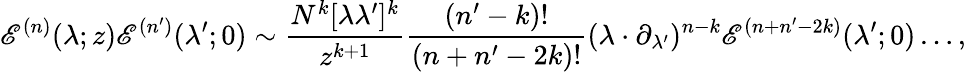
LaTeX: \mathscr{E}^{(n)}(\lambda;z)\mathscr{E}^{(n^{\prime})}(\lambda^{\prime};0)\sim\frac{{N^{k}[\lambda\lambda^{\prime}]^{k}}}{{z^{k+1}}}\frac{{(n^{\prime}-k)!}}{{(n+n^{\prime}-2k)!}}(\lambda\cdot\partial_{\lambda^{\prime}})^{n-k}\mathscr{E}^{(n+n^{\prime}-2k)}(\lambda^{\prime};0)\dots,